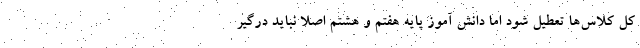
کل کلاس‌ها تعطیل شود اما دانش آموز پایه هفتم و هشتم اصلاً نباید درگیر